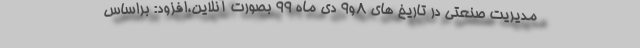
مدیریت صنعتی در تاریخ های 8و9 دی ماه 99 بصورت آنلاین،افزود: براساس